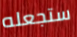
ستجعله